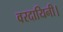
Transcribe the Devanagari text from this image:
वरदायिनी।